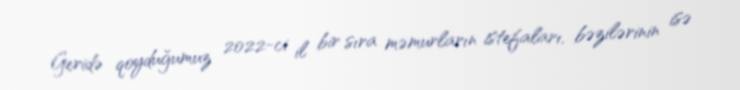
Geridə qoyduğumuz 2022-ci il bir sıra məmurların istefaları, bəzilərinin isə